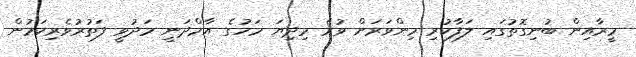
މީރާއިން ބުނިގޮތުގައި ލަފާކުރި މިންވަރަށް ވުރެ މިދިޔަ މަހުގެ އާމްދަނީ މަދުވީ ފަތުރުވެރިކަމުން